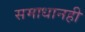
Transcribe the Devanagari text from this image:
समाधानही